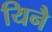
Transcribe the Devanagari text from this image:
यिनै